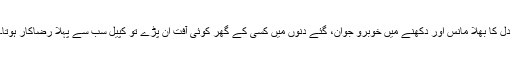
دل کا بھلا مانس اور دکھنے میں خوبرو جوان، گئے دنوں میں کسی کے گھر کوئی آفت ان پڑے تو کپیل سب سے پہلا رضاکار ہوتا۔